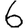
Digit: 6